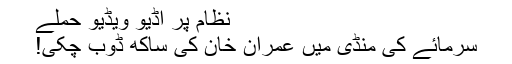
نظام پر آڈیو ویڈیو حملے
سرمائے کی منڈی میں عمران خان کی ساکھ ڈوب چکی!